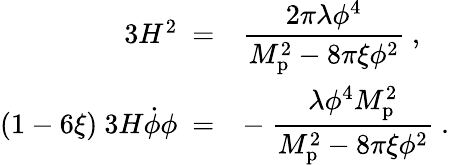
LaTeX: \begin{array}{rl}{{3H^{2}\ =}}&{{{\displaystyle{\frac{2\pi\lambda\phi^{4}}{M_{\mathrm{p}}^{2}-8\pi\xi\phi^{2}}}\ ,}}}\\ {{(1-6\xi)\ 3H\dot{\phi}\phi\ =}}&{{{\displaystyle-\ {\frac{\lambda\phi^{4}M_{\mathrm{p}}^{2}}{M_{\mathrm{p}}^{2}-8\pi\xi\phi^{2}}}\ .}}}\end{array}